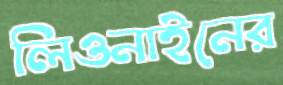
লিওনাইনের